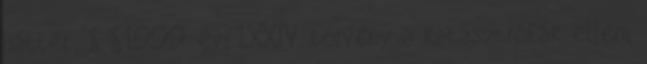
háttér: § §1999. évi LXXIV. törvény a katasztrófák elleni